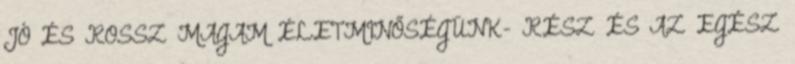
JÓ ÉS ROSSZ MAGAM ÉLETMINŐSÉGÜNK- RÉSZ ÉS AZ EGÉSZ